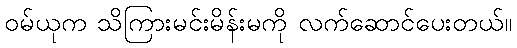
ဝမ်ယုက သိကြားမင်းမိန်းမကို လက်ဆောင်ပေးတယ်။